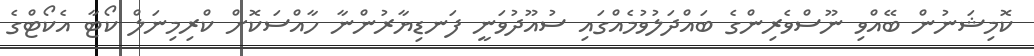
ކޮމިޝަނުން ބޭއްވި ނޫސްވެރިންގެ ބައްދަލުވުމެއްގައި ސުއޫދުވަނީ ފަނޑިޔާރުންނާ ހާއްސަކޮށް ކްރިމިނަލް ކޯޓާ އެކޯޓްގެ